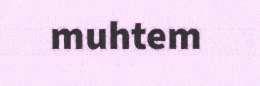
muhtem